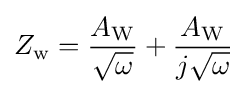
Z_{\mathrm {w} }={\frac {A_{\mathrm {W} }}{\sqrt {\omega }}}+{\frac {A_{\mathrm {W} }}{j{\sqrt {\omega }}}}